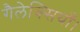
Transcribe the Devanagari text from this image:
गैलेक्सियाँ।